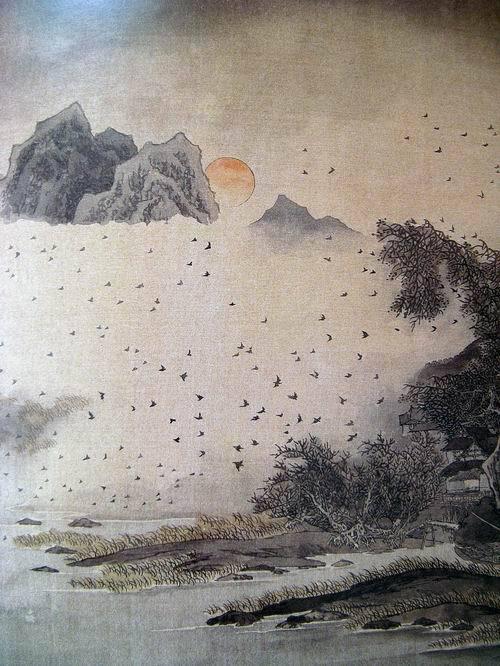
山抹微云，天连衰草，画角声断谯门。